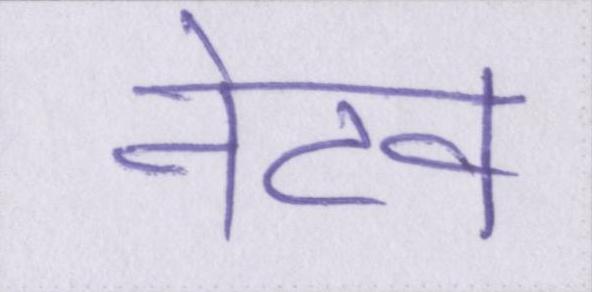
नेटव